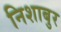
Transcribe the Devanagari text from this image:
निशाबुर